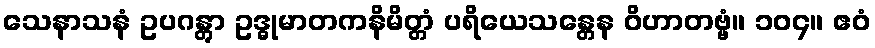
သေနာသနံ ဥပဂန္တွာ ဥဒ္ဓုမာတကနိမိတ္တံ ပရိယေသန္တေန ဝိဟာတဗ္ဗံ။ ၁၀၄။ ဧဝံ